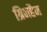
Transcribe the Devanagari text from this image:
ग्रिनहैम